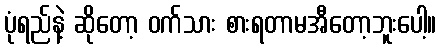
ပုံရည်နဲ့ ဆိုတော့ ဝက်သား စားရတာမအီတော့ဘူးပေါ့။